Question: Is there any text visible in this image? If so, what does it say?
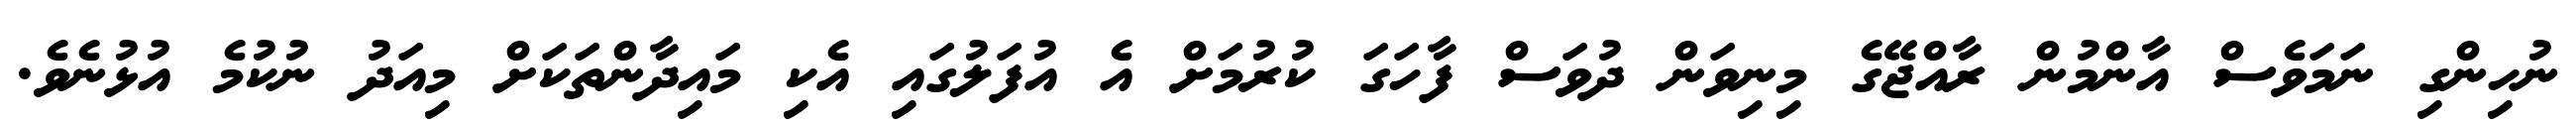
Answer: ނުހިންގި ނަމަވެސް އާންމުން ރާއްޖޭގެ މިނިވަން ދުވަސް ފާހަގަ ކުރުމަށް އެ އުފަލުގައި އެކި މައިދާންތަކަށް މިއަދު ނުކުމެ އުޅުނެވެ.